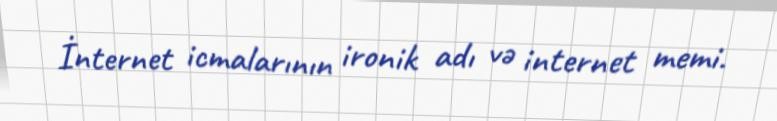
İnternet icmalarının ironik adı və internet memi.